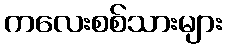
ကလေးစစ်သားများ